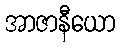
အာဇာနီယော